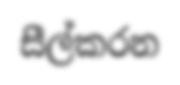
සීල්කරන